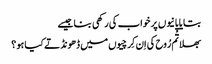
بتایا پانیوں پر خواب کی رکھی بنا جیسے
بھلا تُم رُوح کی اِن کِرچیوں میں ڈھونڈتے کیا ہو ؟